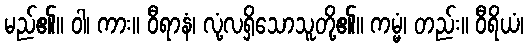
မည်၏။ ဝါ၊ ကား။ ဝီရာနံ၊ လုံ့လရှိသောသူတို့၏။ ကမ္မံ၊ တည်း။ ဝီရိယံ၊